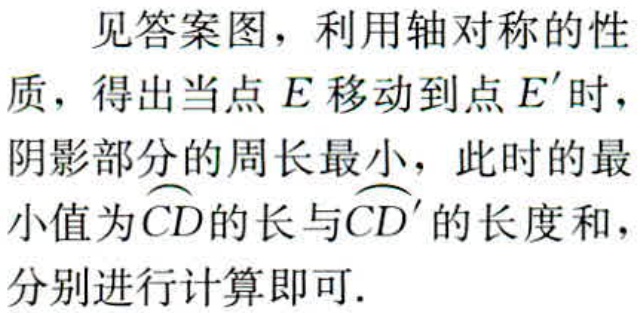
见答案图，利用轴对称的性质，得出当点 \(E\) 移动到点 \(E'\) 时，阴影部分的周长最小，此时的最小值为\(\overset{\frown}{CD}\)的长与\(\overset{\frown}{CD'}\)的长度和，分别进行计算即可.